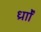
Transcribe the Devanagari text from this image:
र्ध्रााेंं